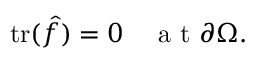
\mathrm { t r } ( \hat { f } ) = 0 \quad \mathrm { ~ a ~ t ~ } \partial \Omega .